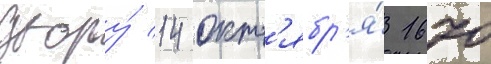
двору́ 14 окт'ябр'я́ 1670